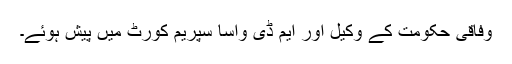
وفاقی حکومت کے وکیل اور ایم ڈی واسا سپریم کورٹ میں پیش ہوئے۔